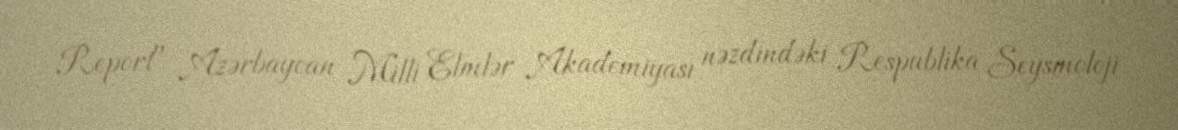
Report" Azərbaycan Milli Elmlər Akademiyası nəzdindəki Respublika Seysmoloji